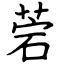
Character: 菪